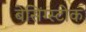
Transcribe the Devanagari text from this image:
बेसिंग्स्टोक